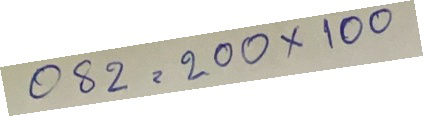
082 = 200 x 100